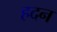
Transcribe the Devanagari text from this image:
हदन